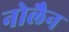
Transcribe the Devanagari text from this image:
नोलैन